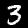
Digit: 3